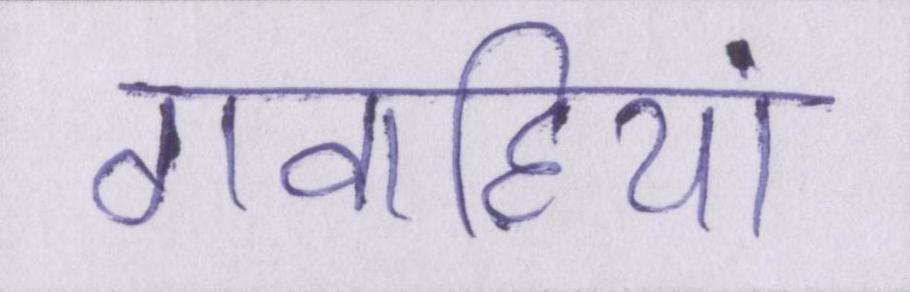
गवाहियां